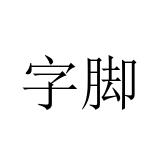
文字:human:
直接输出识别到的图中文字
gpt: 字脚